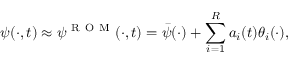
\psi ( \cdot , t ) \approx \psi ^ { \mathrm { ~ R ~ O ~ M ~ } } ( \cdot , t ) = \bar { \psi } ( \cdot ) + \sum _ { i = 1 } ^ { R } a _ { i } ( t ) \theta _ { i } ( \cdot ) ,